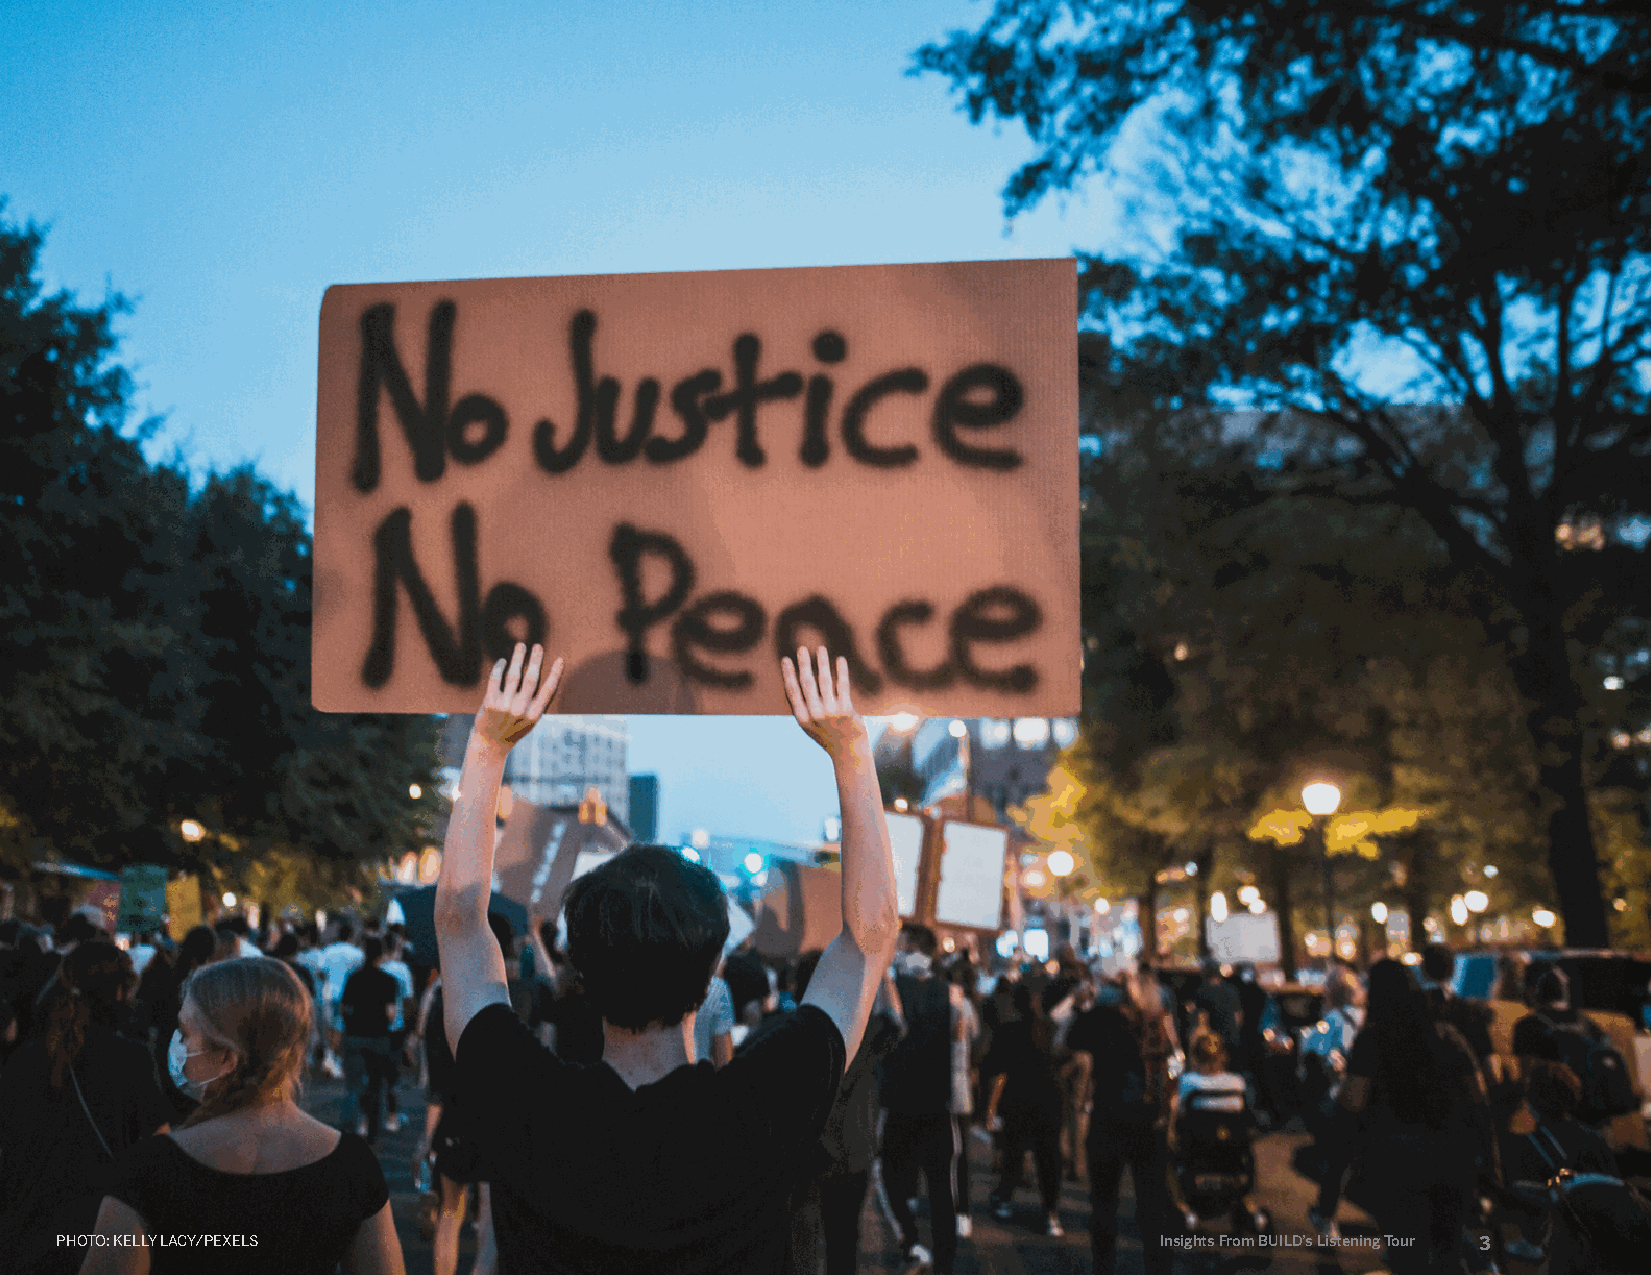
PHOTO: KELLY LACY/PEXELS                                                 Insights From BUILD’s Listening Tour 3